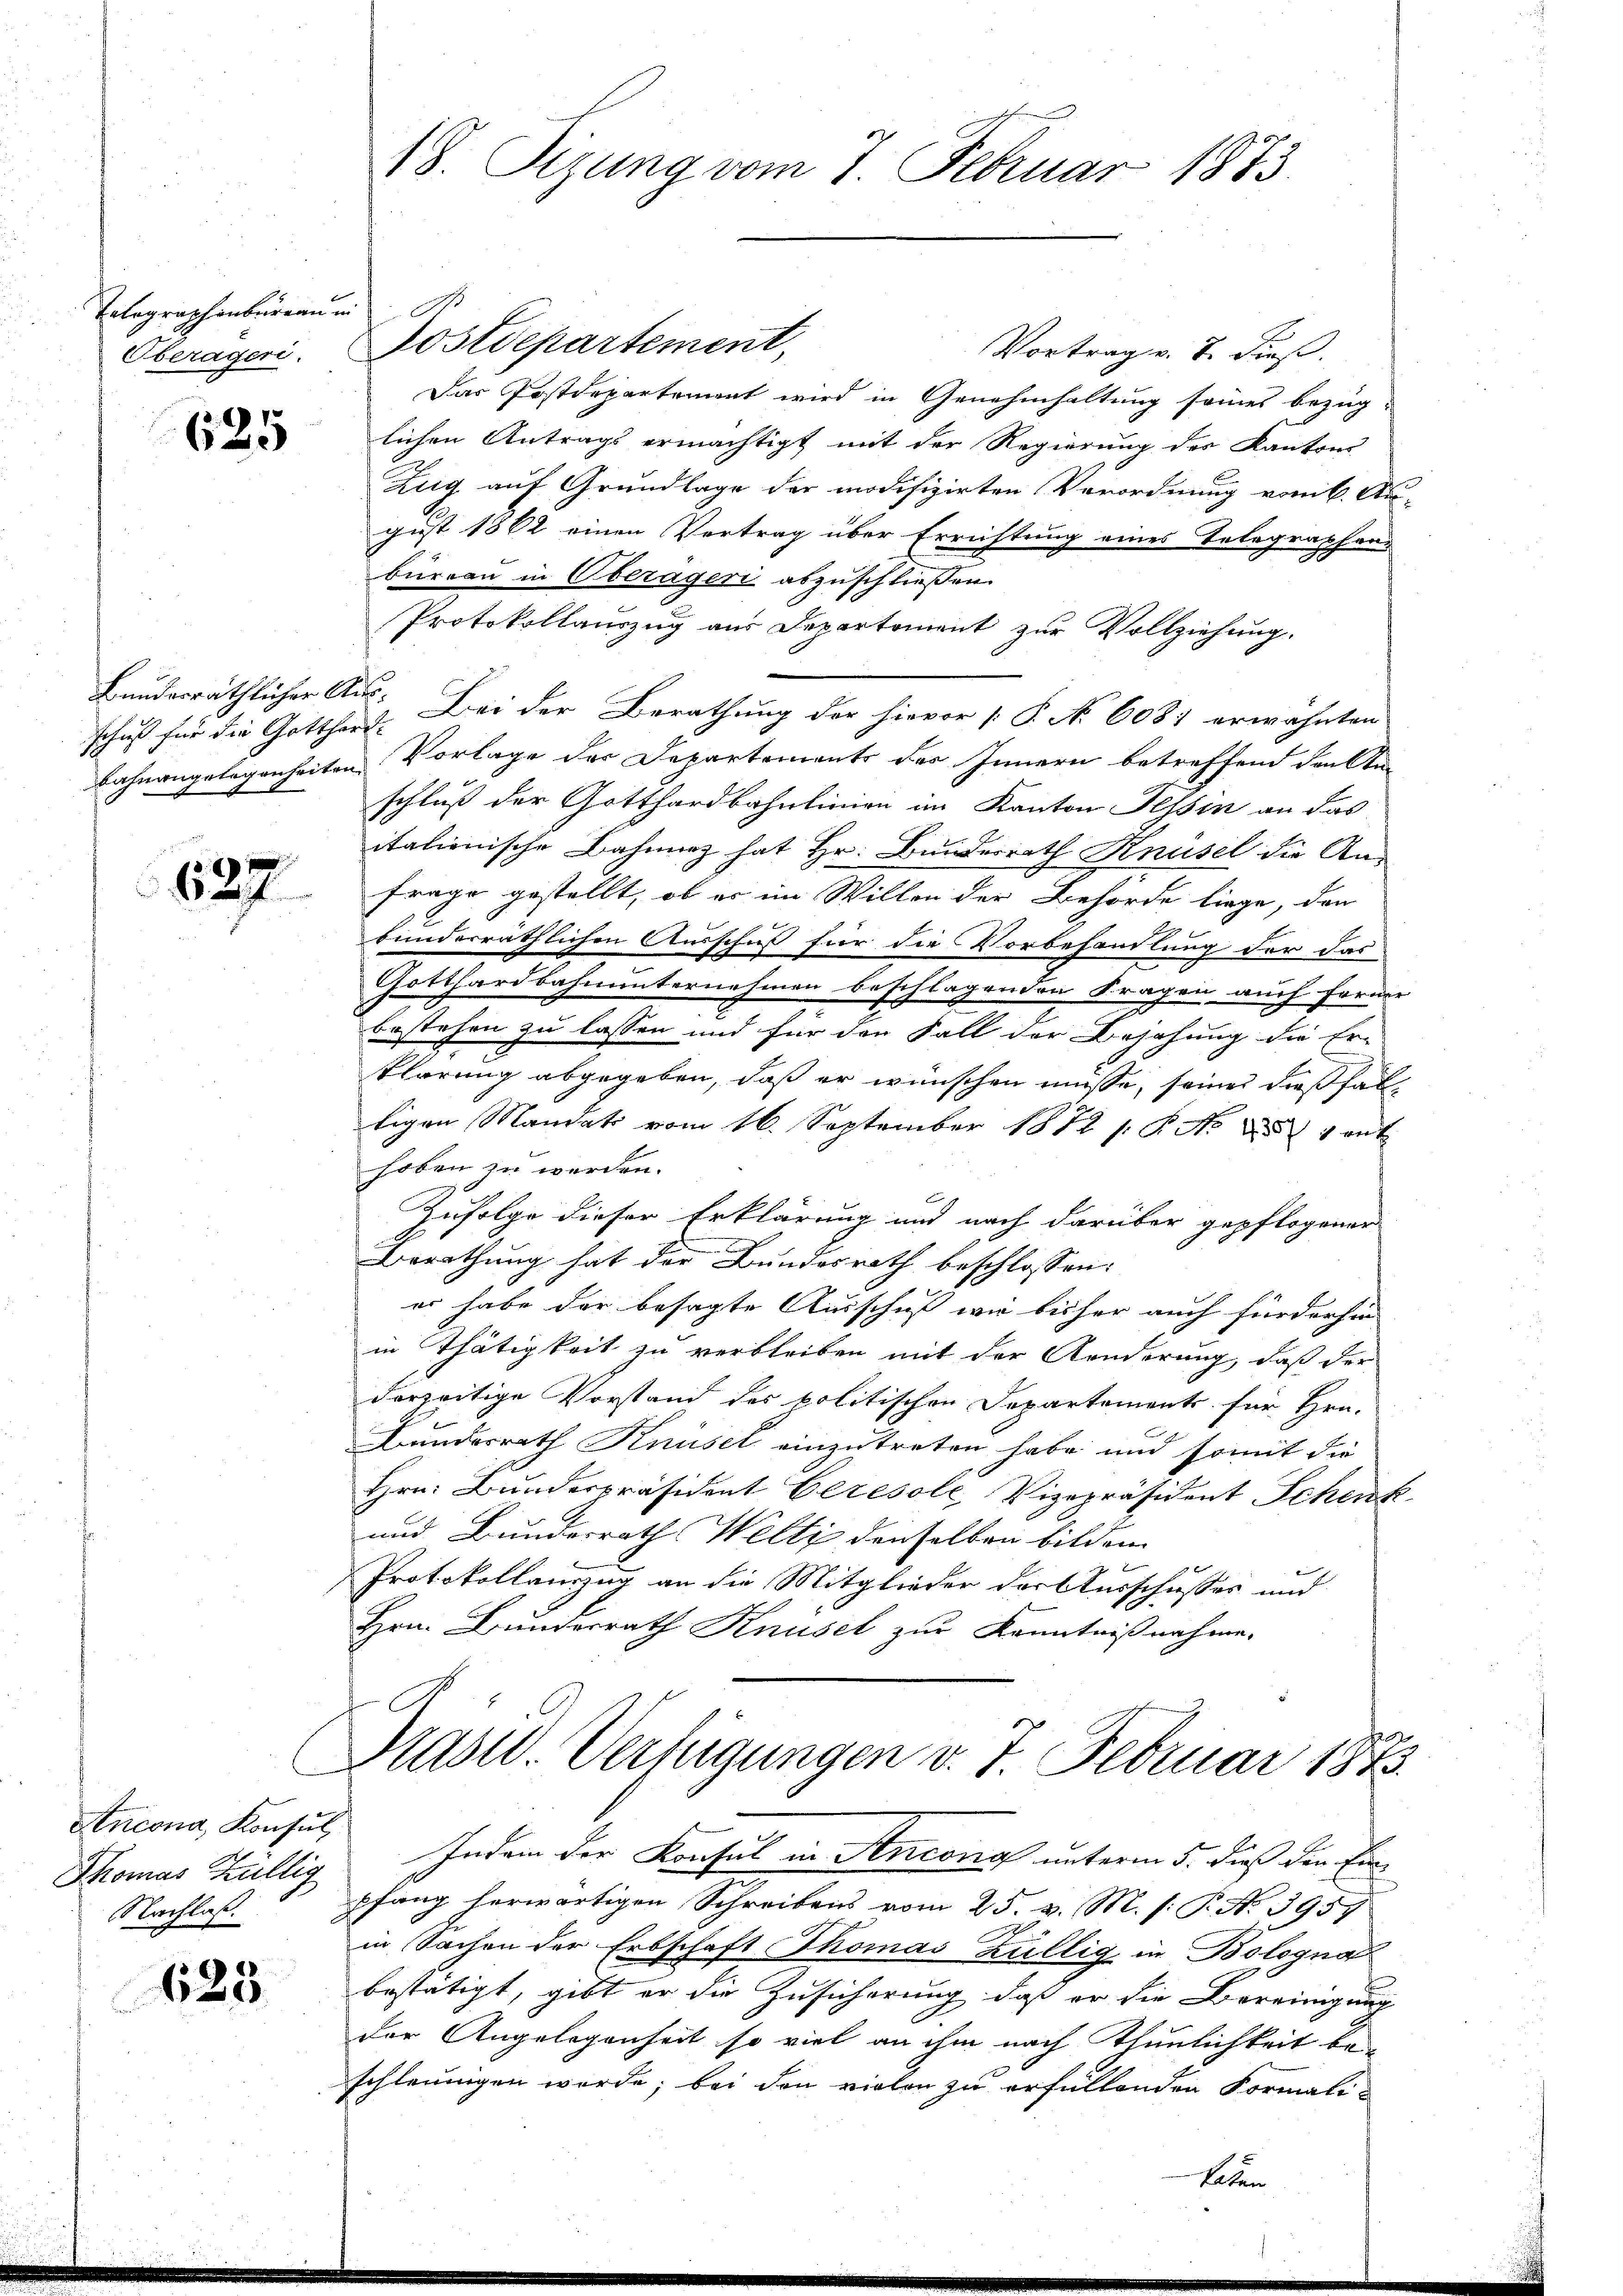
Telegraphenbureaum
Oberägeri.

625

schuß für die Gotthard-

627

Ancona, Konsul,
Thomas Köllig
Nachlaß.

623.

18. Sizung vom 7. Februar 1873.

Postdepartement,
Vortrag v. 7. dieß.
Das Postdepartement wird in Genehmhaltung seines bezüg-
lichen Antrags ermächtigt mit der Regierung des Kantons
Zug auf Grundlage der modifizirten Verordnung vom 6. Au-
gust 1862 einen Vertrag über Errichtung eines Telegraphend
büreau in Oberägeri abzuschließen.
Protokollauszug aus Departement zur Vollziehung.
Bundesräthlicher Aus. Bei der Berathung der hievor [P. No. 6081 erwähnten
Lahnangelegenheiten Vorlage der Departements der Innern betreffend den An
schluß der Gotthardbahnlinien im Kanton Tessin an das
itationische Bahnnez hat Hr. Bundesrath Knüsel die An-
Frage gestellt, ob er im Willen der Behörde liege, den
bunderräthlichen Ausschuß für die Vorbehandlung der das
Gotthardbahnunternehmen beschlagenden Fragen auch ferner
bestehen zu lassen und für den Fall der Bejahung die Er-
.
klärung abgegeben, daß er wünschen müsse, seines dießfaltigen Mandat vom 16. September 1872 18. No 254 ant
hoben zu werden.
C
Zufolge dieser Erklärung und nach darüber gepflogener
E
Berathung hat der Bundesrath beschlossen:
er habe der besagte Ausschuß wir bisher auch für der hin
in Thätigkeit zu verbleiben mit der Aenderung, daß der
derzeitige Vorstand des politischen Departements für Hrn.
Bundesrath Knüsel einzutreten habe und somit die
Hrn. Bunderpräsident Ceresole, Vizepräsident Schenk
und Bundesrath Welti denselben bilden.
Protokollanzug an die Mitglieder der Ausschusses und
Hrn. Bundesrath Knüsel zur Kenntnißnahme.

Präsid. Verfügungen v. 7. Februar 1873.

Indem der Konsul in Anconis unterm 5. dieß die Einpfang herwärtigen Schreibens vom 25. v. M. h. T. No. 3957
in Sachen der Erbschaft Thomas Züllig in Bologna
bestätigt, gibt er die Zusicherung, daß er die Bereinigung
der Angelegenheit so viel an ihm nach Thunlichkeit bei
schleunigen werde; bei den vielen zu erfüllenden Formali¬

Be.